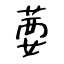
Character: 葽